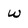
Character: w